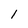
Character: 1